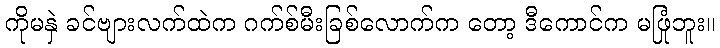
ကိုမနှဲ ခင်ဗျားလက်ထဲက ဂက်စ်မီးခြစ်လောက်က တော့ ဒီကောင်က မဖြုံဘူး။